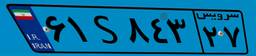
۹۷S۰۶۴۳۰